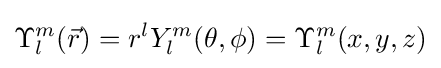
\Upsilon _{l}^{m}({\vec {r}})=r^{l}Y_{l}^{m}(\theta ,\phi )=\Upsilon _{l}^{m}(x,y,z)